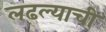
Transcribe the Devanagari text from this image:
लढल्याची